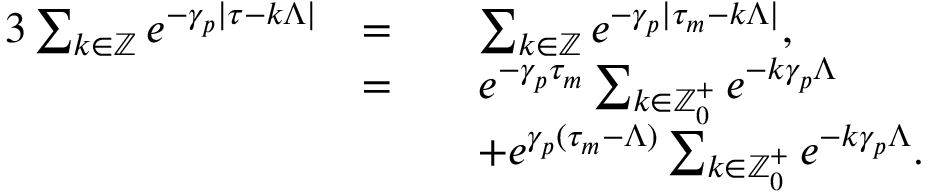
\begin{array} { r l r l } { { 3 } \sum _ { k \in \mathbb { Z } } e ^ { - \gamma _ { p } | \tau - k \Lambda | } } & { = } & & { \sum _ { k \in \mathbb { Z } } e ^ { - \gamma _ { p } | \tau _ { m } - k \Lambda | } , } \\ & { = } & & { e ^ { - \gamma _ { p } \tau _ { m } } \sum _ { k \in \mathbb { Z } _ { 0 } ^ { + } } e ^ { - k \gamma _ { p } \Lambda } } \\ & { } & & { + e ^ { \gamma _ { p } ( \tau _ { m } - \Lambda ) } \sum _ { k \in \mathbb { Z } _ { 0 } ^ { + } } e ^ { - k \gamma _ { p } \Lambda } . } \end{array}